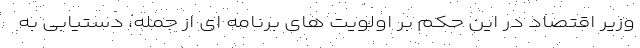
وزیر اقتصاد در این حکم بر اولویت های برنامه ای از جمله، دستیابی به